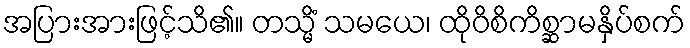
အပြားအားဖြင့်သိ၏။ တသ္မိံ သမယေ၊ ထိုဝိစိကိစ္ဆာမနှိပ်စက်